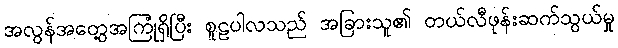
အလွန်အတွေ့အကြုံရှိပြီး စူဠပါလသည် အခြားသူ၏ တယ်လီဖုန်းဆက်သွယ်မှု